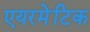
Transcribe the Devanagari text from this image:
एयरमेटिक